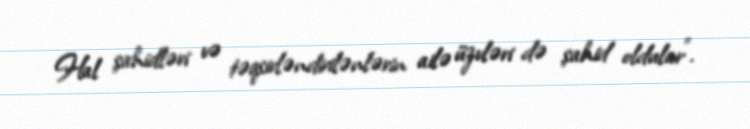
Hal şahidləri və təqsirləndirilənlərin ailə üzvləri də şahid oldular".